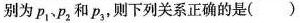
别为p_{1}、p_{2}和p_{3}，则下列关系正确的是( )